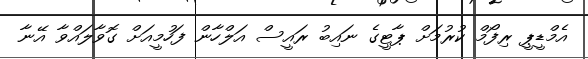
އެމްޑީޕީ ރިފޯމް ކުރުމަށް ޕާޓީގެ ނައިބު ރައީސް އަލްހާން ފަހުމީއަށް ގޮވާލައްވާ އޭނާ